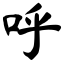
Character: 呼